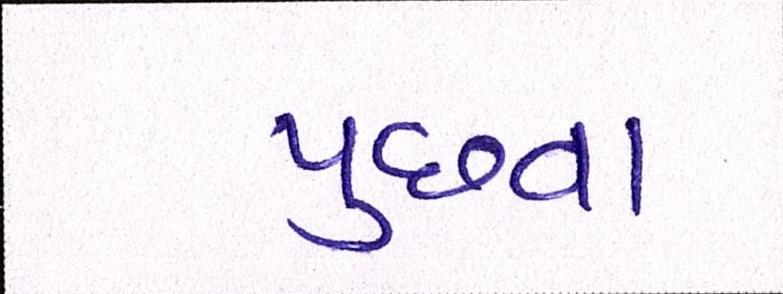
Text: પુછવા